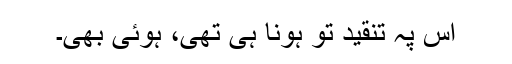
اس پہ تنقید تو ہونا ہی تھی، ہوئی بھی۔